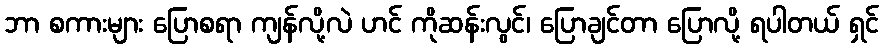
ဘာ စကားများ ပြောစရာ ကျန်လို့လဲ ဟင် ကိုဆန်းလွင်၊ ပြောချင်တာ ပြောလို့ ရပါတယ် ရှင်